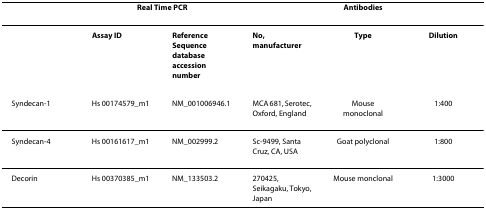
<table><thead><tr><td></td><td colspan="2"><b>Real Time PCR</b></td><td colspan="3"><b>Antibodies</b></td></tr></thead><tbody><tr><td></td><td><b>Assay ID</b></td><td><b>Reference Sequence database accession number</b></td><td><b>No, manufacturer</b></td><td><b>Type</b></td><td><b>Dilution</b></td></tr><tr><td>Syndecan-1</td><td>Hs 00174579_m1</td><td>NM_001006946.1</td><td>MCA 681, Serotec, Oxford, England</td><td>Mouse monoclonal</td><td>1:400</td></tr><tr><td>Syndecan-4</td><td>Hs 00161617_m1</td><td>NM_002999.2</td><td>Sc-9499, Santa Cruz, CA, USA</td><td>Goat polyclonal</td><td>1:800</td></tr><tr><td>Decorin</td><td>Hs 00370385_m1</td><td>NM_133503.2</td><td>270425, Seikagaku, Tokyo, Japan</td><td>Mouse monclonal</td><td>1:3000</td></tr></tbody></table>